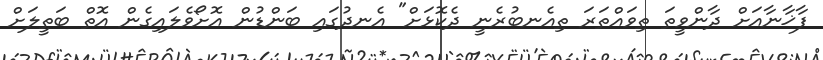
ފާޚާނާއަށް ދާންވީތަ ތިވައްތަރަ ތިއެނބުރެނީ ދެކޮޅަށް" އެނދުގައި ބަންޑުން އޮށޯވެލައިގެން އޮތް ބަތީލަށް